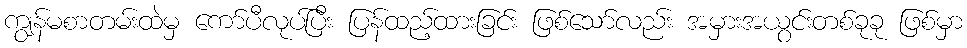
ကျွန်မစာတမ်းထဲမှ ကော်ပီလုပ်ပြီး ပြန်ထည့်ထားခြင်း ဖြစ်သော်လည်း အမှားအယွင်းတစ်ခုခု ဖြစ်မှာ